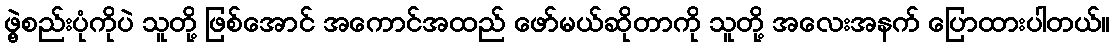
ဖွဲ့စည်းပုံကိုပဲ သူတို့ ဖြစ်အောင် အကောင်အထည် ဖော်မယ်ဆိုတာကို သူတို့ အလေးအနက် ပြောထားပါတယ်။